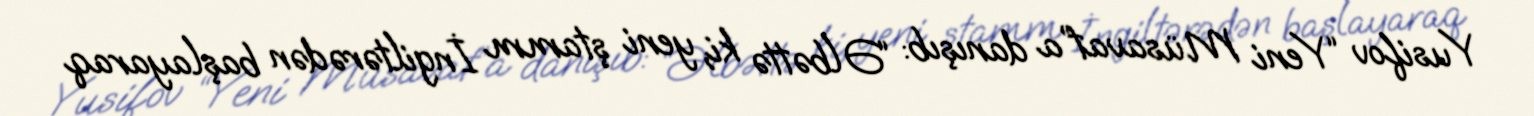
Yusifov “Yeni Müsavat”a danışıb: “Əlbəttə ki, yeni ştamm İngiltərədən başlayaraq